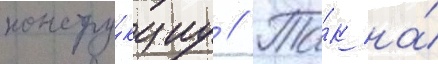
констру́кциу // Та́к на́